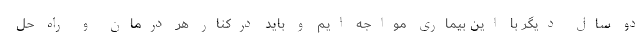
دو سال دیگر با این بیماری مواجه ایم و باید درکنار هر درمان و راه حل